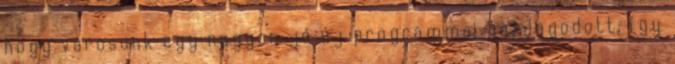
hogy városunk egy nagyon jó új programmal gazdagodott, így